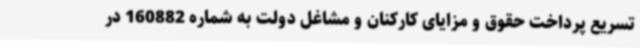
تسریع پرداخت حقوق و مزایای کارکنان و مشاغل دولت به شماره 160882 در